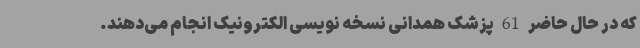
که در حال حاضر 61 پزشک همدانی نسخه نویسی الکترونیک انجام می‌دهند.